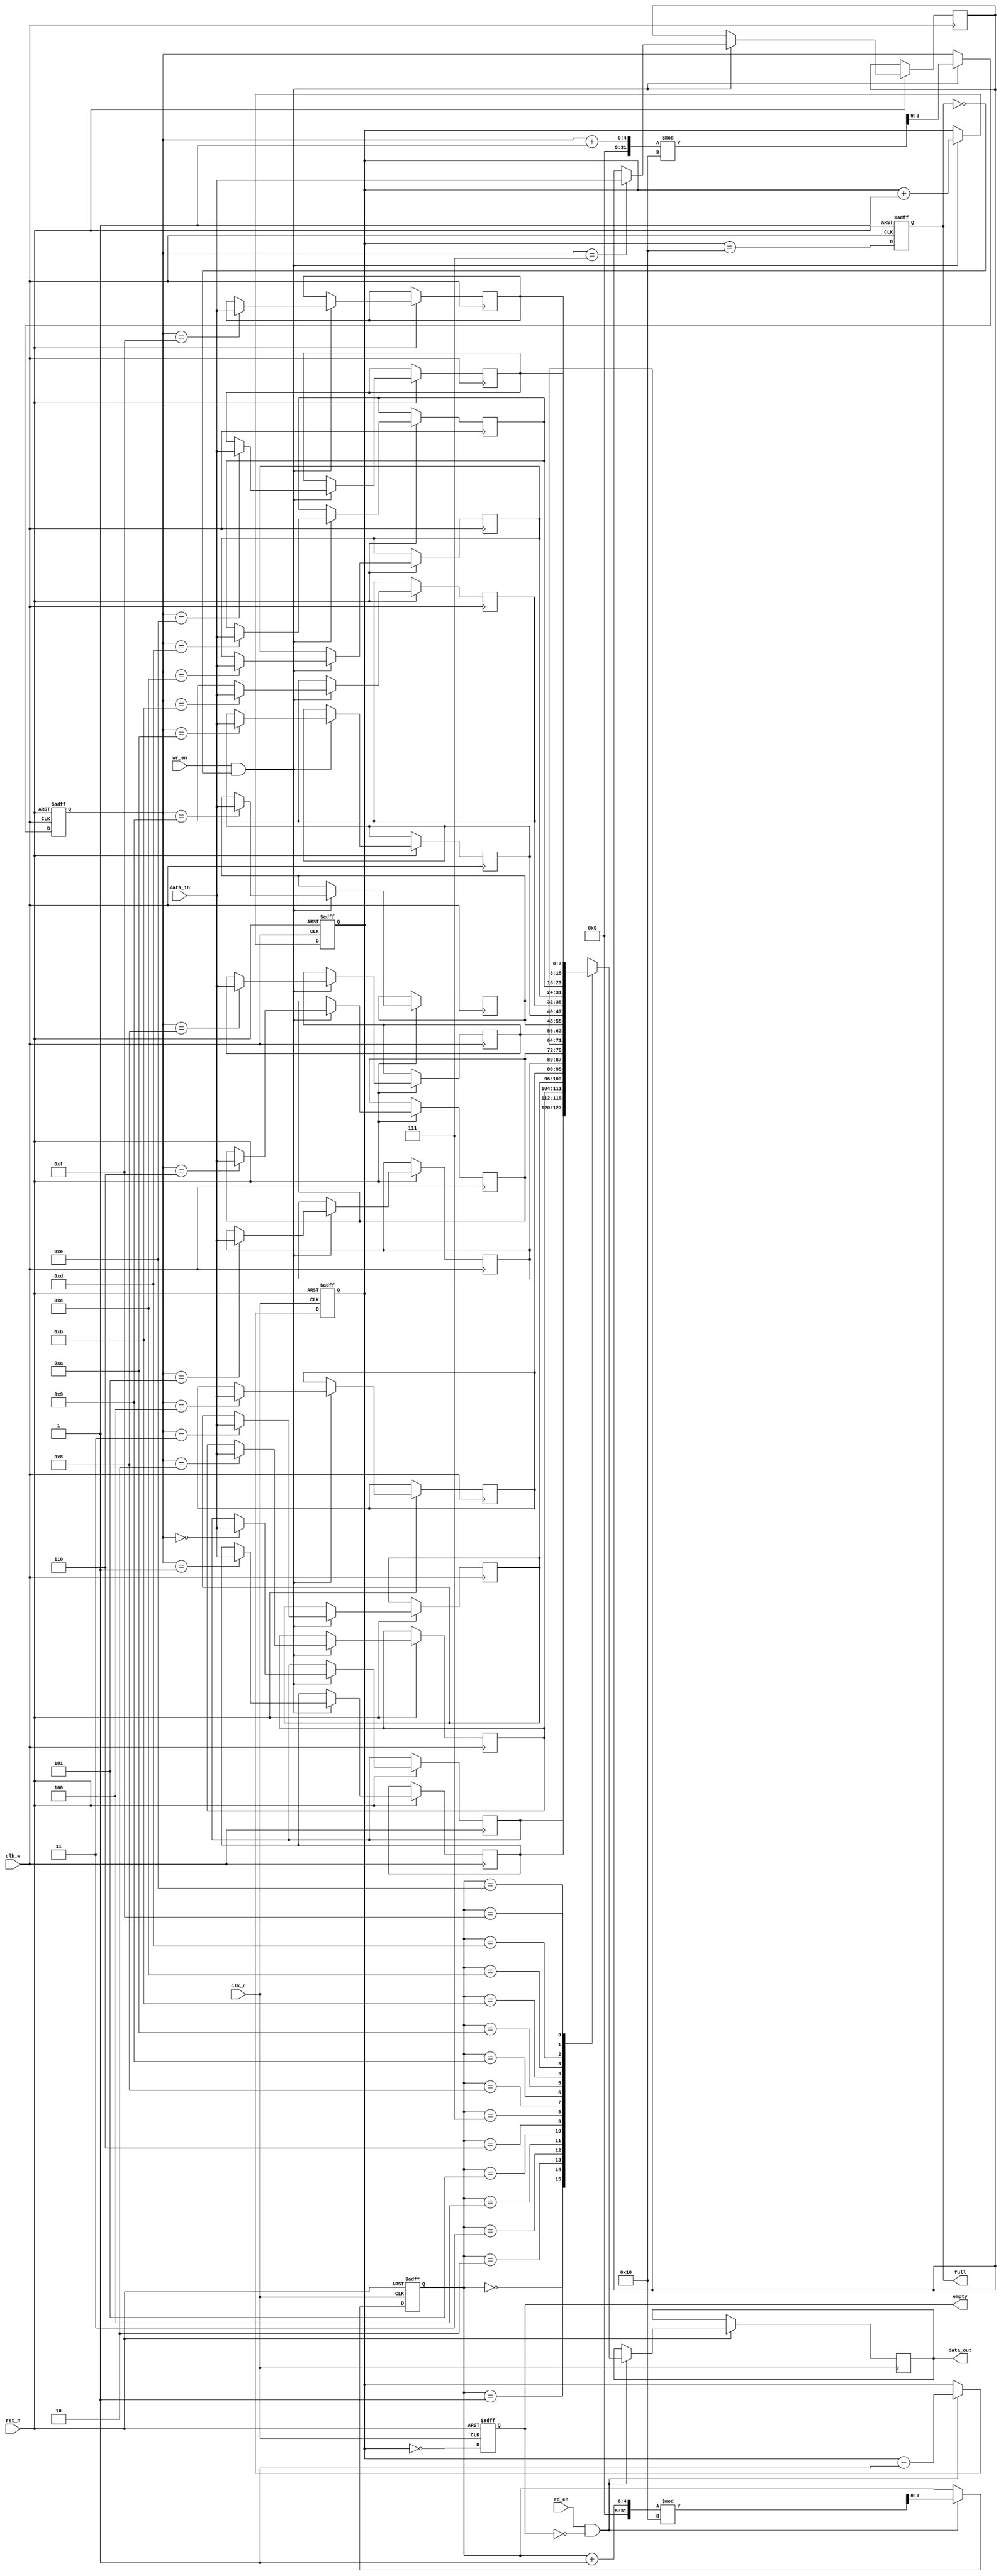
module dual_clock_fifo #(parameter DATA_WIDTH = 8,           // Data width
                         parameter FIFO_DEPTH = 16,          // FIFO depth (number of entries)
                         parameter ADDR_WIDTH = $clog2(FIFO_DEPTH)) // Address width
(
    input wire                 clk_w,     // Write clock
    input wire                 clk_r,     // Read clock
    input wire                 rst_n,     // Active low reset
    input wire [DATA_WIDTH-1:0] data_in,  // Data input
    input wire                 wr_en,     // Write enable
    input wire                 rd_en,     // Read enable
    output reg [DATA_WIDTH-1:0] data_out, // Data output
    output reg                 full,       // FIFO full flag
    output reg                 empty       // FIFO empty flag
);

    // Internal variables
    reg [DATA_WIDTH-1:0] mem [0:FIFO_DEPTH-1];  // Memory array
    reg [ADDR_WIDTH-1:0] wr_ptr;                 // Write pointer
    reg [ADDR_WIDTH-1:0] rd_ptr;                 // Read pointer
    reg [ADDR_WIDTH:0] count;                    // Count of items in FIFO

    // Asynchronous reset
    always @(posedge clk_w or negedge rst_n) begin
        if (!rst_n) begin
            wr_ptr <= 0;
            count <= 0;
            full <= 1'b0;
        end else begin
            if (wr_en && !full) begin
                mem[wr_ptr] <= data_in;           // Write data
                wr_ptr <= (wr_ptr + 1) % FIFO_DEPTH; // Increment write pointer
                count <= count + 1;               // Increment count
            end

            // Update full flag
            full <= (count == FIFO_DEPTH);
        end
    end

    // Read logic
    always @(posedge clk_r or negedge rst_n) begin
        if (!rst_n) begin
            rd_ptr <= 0;
            count <= 0;
            empty <= 1'b1;
        end else begin
            if (rd_en && !empty) begin
                data_out <= mem[rd_ptr];           // Read data
                rd_ptr <= (rd_ptr + 1) % FIFO_DEPTH; // Increment read pointer
                count <= count - 1;                // Decrement count
            end

            // Update empty flag
            empty <= (count == 0);
        end
    end

    // Sync read and write status between clock domains (optional)
    reg wr_full_sync, rd_empty_sync;
    always @(posedge clk_r) begin
        wr_full_sync <= full;   // Synchronize write full signal to read clock domain
    end

    always @(posedge clk_w) begin
        rd_empty_sync <= empty;  // Synchronize read empty signal to write clock domain
    end

endmodule